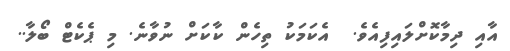
އާއި ދިމާކޮށްލައިފިއެވެ.  އެކަމަކު ތިހެން ކާކަށް ނުވާނެ. މި ޕެކެޓް ބޯލާ..